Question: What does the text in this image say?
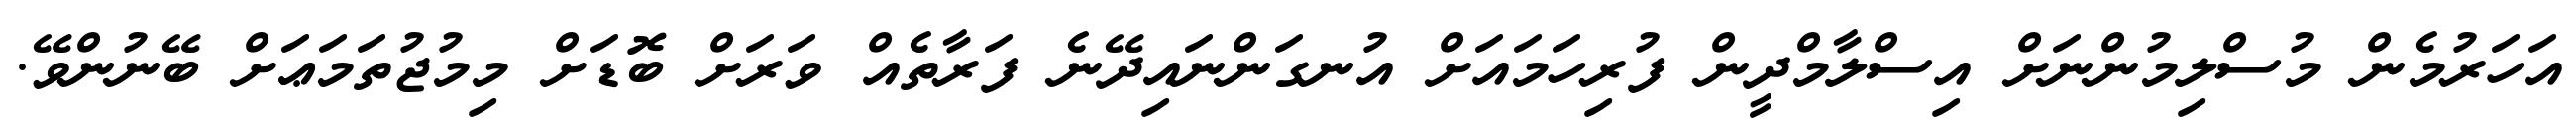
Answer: އަހަރުމެން މުސްލިމުންނަށް އިސްލާމްދީން ފުރިހަމައަށް އުނގަންނައިދޭނެ ފަރާތެއް ވަރަށް ބޮޑަށް މިމުޖުތަމަޢަށް ބޭނުންވޭ.